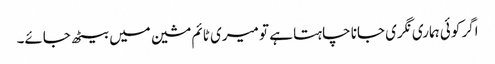
اگر کوئی ہماری نگری جانا چاہتا ہے تو میری ٹائم مشین میں بیٹھ جائے۔